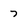
Character: 7